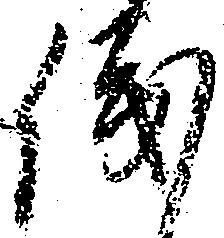
儀